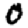
Digit: 0